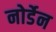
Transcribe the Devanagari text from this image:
नोर्डेन